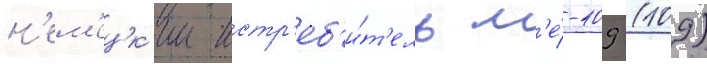
н'ем'ецк'ии истр'еб'и́т'ель м'е́-109 (109)